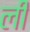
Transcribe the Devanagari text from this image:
ली